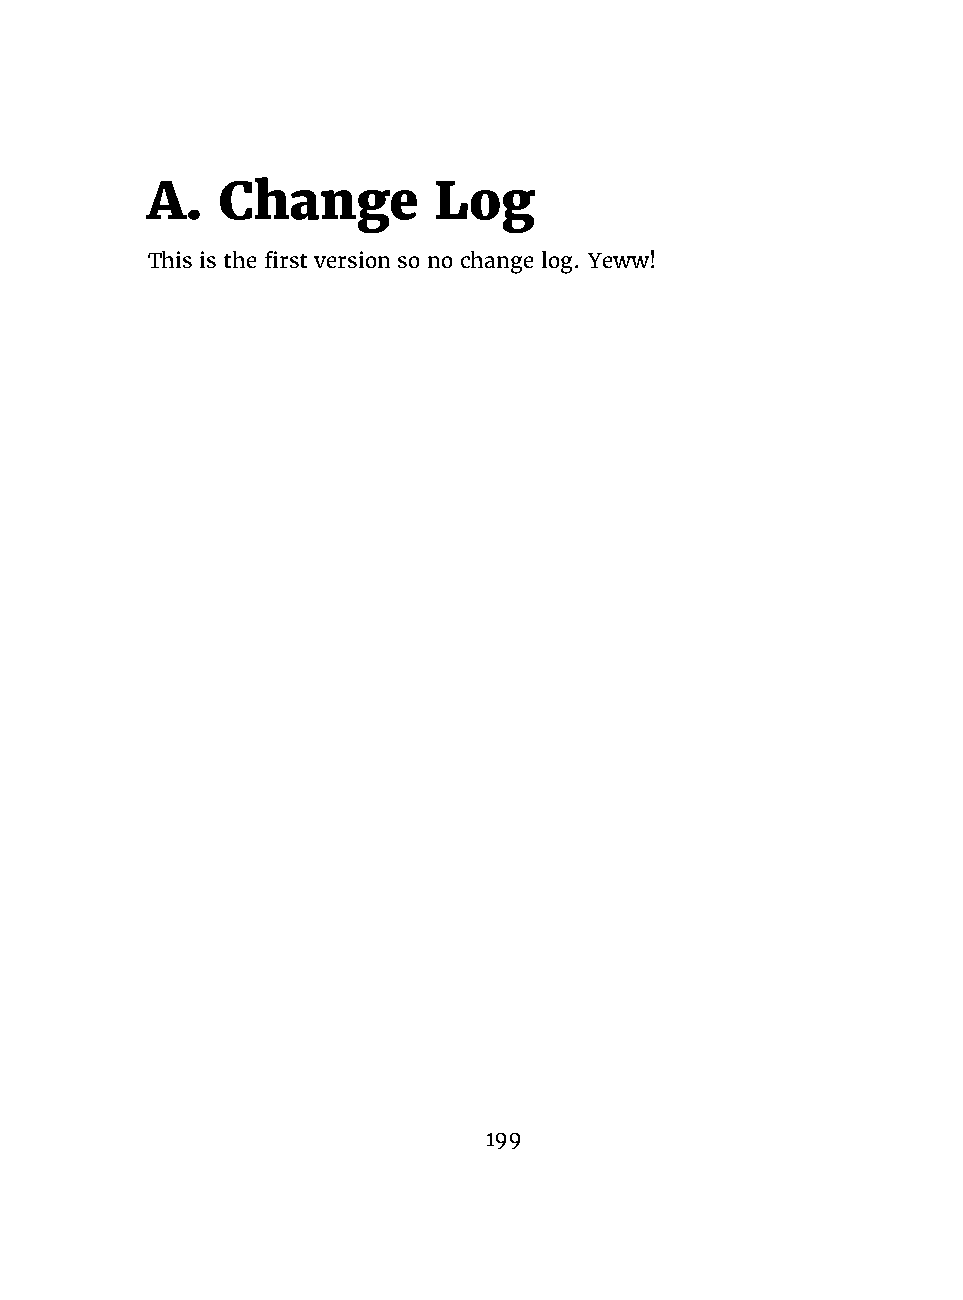
A.  Change         Log
 This is the first version so no change log. Yeww!
 199